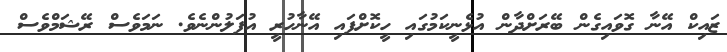
ޒައިކް އޭނާ ގޮވައިގެން ބޭރަށްދާން އުޅެނީކަމުގައި ހީކޮށްފައި އޭނާހުރީ އުފަލުންނެވެ. ނަމަވެސް ރޭޝަމްވެސް